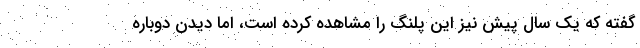
گفته که یک سال پیش نیز این پلنگ را مشاهده کرده است، اما دیدن دوباره